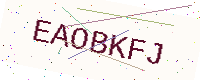
Text: EAOBKFJ